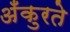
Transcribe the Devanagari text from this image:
अँकुरते